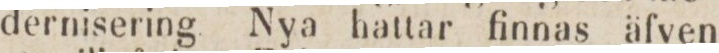
dernisering Nya hattar finnas äfven